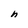
Character: h